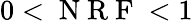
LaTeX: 0<\mathrm{~N~R~F~}<1